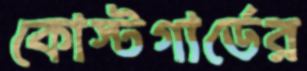
কোস্টগার্ডের